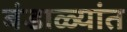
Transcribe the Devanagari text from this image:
बंडाळ्यांत